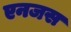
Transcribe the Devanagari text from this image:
एनजस